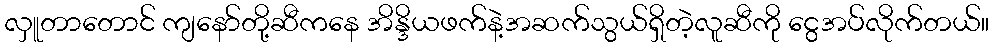
လှူတာတောင် ကျနော်တို့ဆီကနေ အိန္ဒိယဖက်နဲ့အဆက်သွယ်ရှိတဲ့လူဆီကို ငွေအပ်လိုက်တယ်။